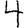
Digit: 4